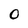
Character: O